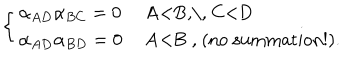
\left\{ \begin{array} { l l } { { \alpha _ { A D } \alpha _ { B C } = 0 } } & { { \mathrm { ~ A < B , \, ~ C < D ~ } } } \\ { { \alpha _ { A D } \alpha _ { B D } = 0 } } & { { \mathrm { ~ A < B ~ , ~ ( n o ~ s u m m a t i o n ! ) . } } } \\ \end{array} \right.